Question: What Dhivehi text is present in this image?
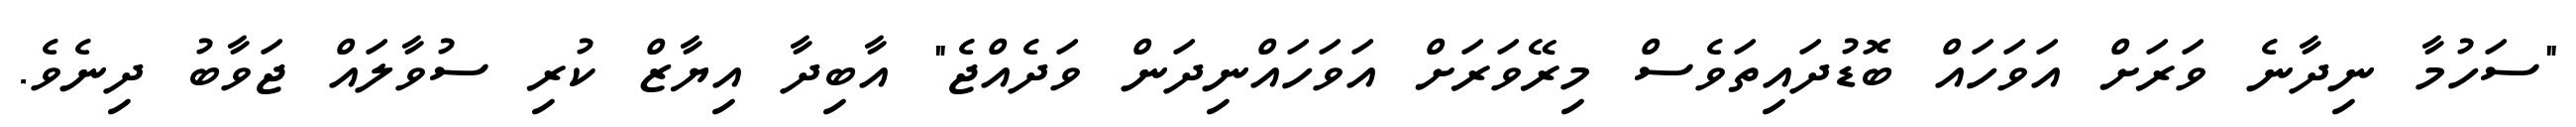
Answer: "ސަހުމާ ނިދާނެ ވަރަށް އަވަހައް ބޮޑުދައިތަވެސް މިރޭވަރަށް އަވަހައްނިދަން ވަދެއްޖެ" އާބިދާ އިޔާޒް ކުރި ސުވާލައް ޖަވާބު ދިނެވެ.